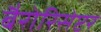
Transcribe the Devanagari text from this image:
बैरोरिसेप्टर